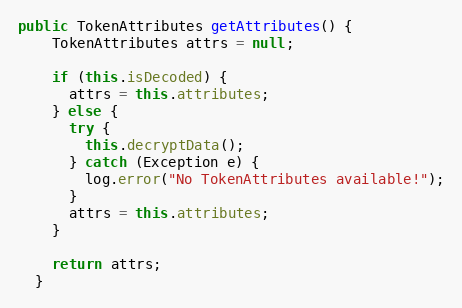
Language: Java
public TokenAttributes getAttributes() {
    TokenAttributes attrs = null;

    if (this.isDecoded) {
      attrs = this.attributes;
    } else {
      try {
        this.decryptData();
      } catch (Exception e) {
        log.error("No TokenAttributes available!");
      }
      attrs = this.attributes;
    }

    return attrs;
  }